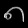
Digit: ၈